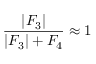
\frac { \left| F _ { 3 } \right| } { \left| F _ { 3 } \right| + F _ { 4 } } \approx 1